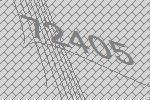
72405